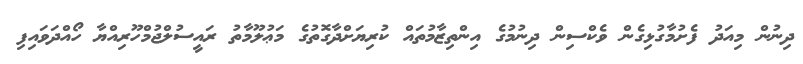
ދިނުން މިއަދު ފެށުމާގުޅިގެން ވެކްސިން ދިނުމުގެ އިންތިޒާމުތައް ކުރިޔަށްދާގޮތުގެ މަޢުލޫމާތު ރައީސުލްޖުމްހޫރިއްޔާ ހޯއްދަވައިފި